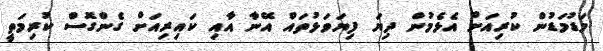
މަޑުމަޑުން ކުރިއަށް އެޅެމުން ދިޔަ ފިޔަވަޅުތައް އޭނާ އާއި ކައިރިއަށް ގެންގޮސް ކުރިމަތީ